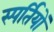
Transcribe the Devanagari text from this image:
स्पर्तियों